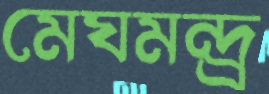
মেঘমন্দ্র্র